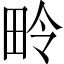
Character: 𪽏